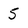
Character: 5